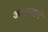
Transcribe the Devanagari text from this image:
अंगाऱ्याने